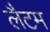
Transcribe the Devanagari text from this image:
लैटम